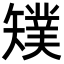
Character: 𥐁